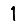
Digit: 1